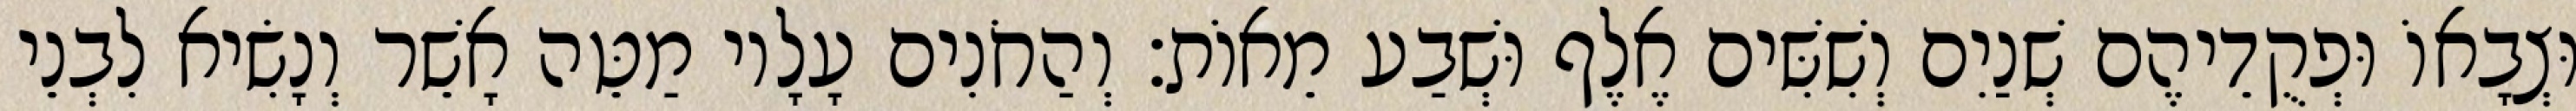
וּצְבָאוֹ וּפְקֻדֵיהֶם שְׁנַיִם וְשִׁשִּׁים אֶלֶף וּשְׁבַע מֵאוֹת׃ וְהַחֹנִים עָלָיו מַטֵּה אָשֵׁר וְנָשִׂיא לִבְנֵי